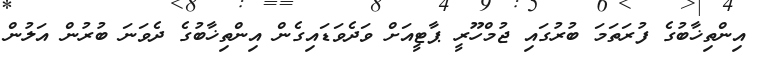
އިންތިޚާބުގެ ފުރަތަމަ ބުރުގައި ޖުމްހޫރީ ޕާޓީއަށް ވަދެވަޑައިގެން އިންތިޚާބުގެ ދެވަނަ ބުރުން އަލުން